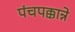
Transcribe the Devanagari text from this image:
पंचपक्कान्ने